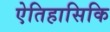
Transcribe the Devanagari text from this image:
ऐतिहासिकि